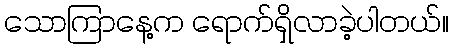
သောကြာနေ့က ရောက်ရှိလာခဲ့ပါတယ်။